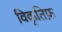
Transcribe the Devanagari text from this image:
विकृतिफ़